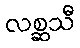
လစ္ဆသီ